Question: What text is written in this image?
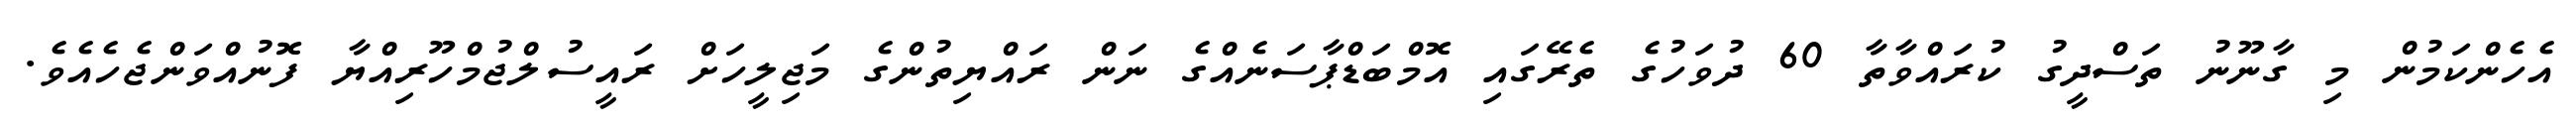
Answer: އެހެންކަމުން މި ގާނޫނު ތަސްދީގު ކުރައްވާތާ 60 ދުވަހުގެ ތެރޭގައި އޮމްބަޑްޕާސަނެއްގެ ނަން ރައްޔިތުންގެ މަޖިލީހަށް ރައީސުލްޖުމްހޫރިއްޔާ ފޮނުއްވަންޖެހެއެވެ.